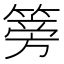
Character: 篣